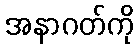
အနာဂတ်ကို